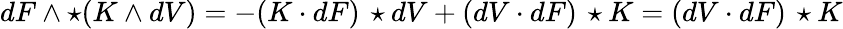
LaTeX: dF\wedge\star(K\wedge dV)=-(K\cdot dF)\, \star dV+(dV\cdot dF)\, \star K=(dV\cdot dF)\, \star K